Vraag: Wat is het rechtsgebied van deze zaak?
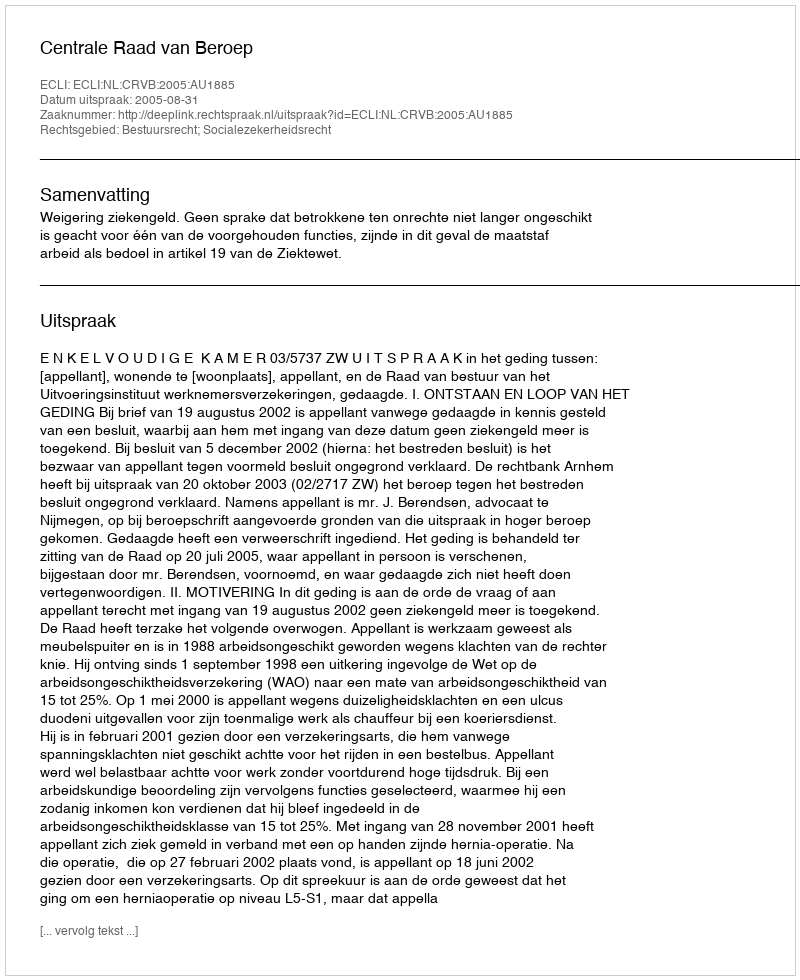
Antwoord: Bestuursrecht; Socialezekerheidsrecht